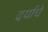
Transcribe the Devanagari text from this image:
दर्याचे